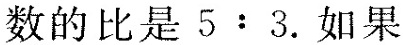
数的比是$$5:3$$.如果